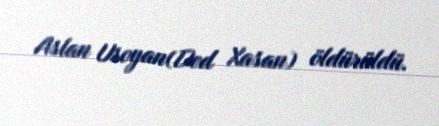
Aslan Usoyan(Ded Xasan) öldürüldü.